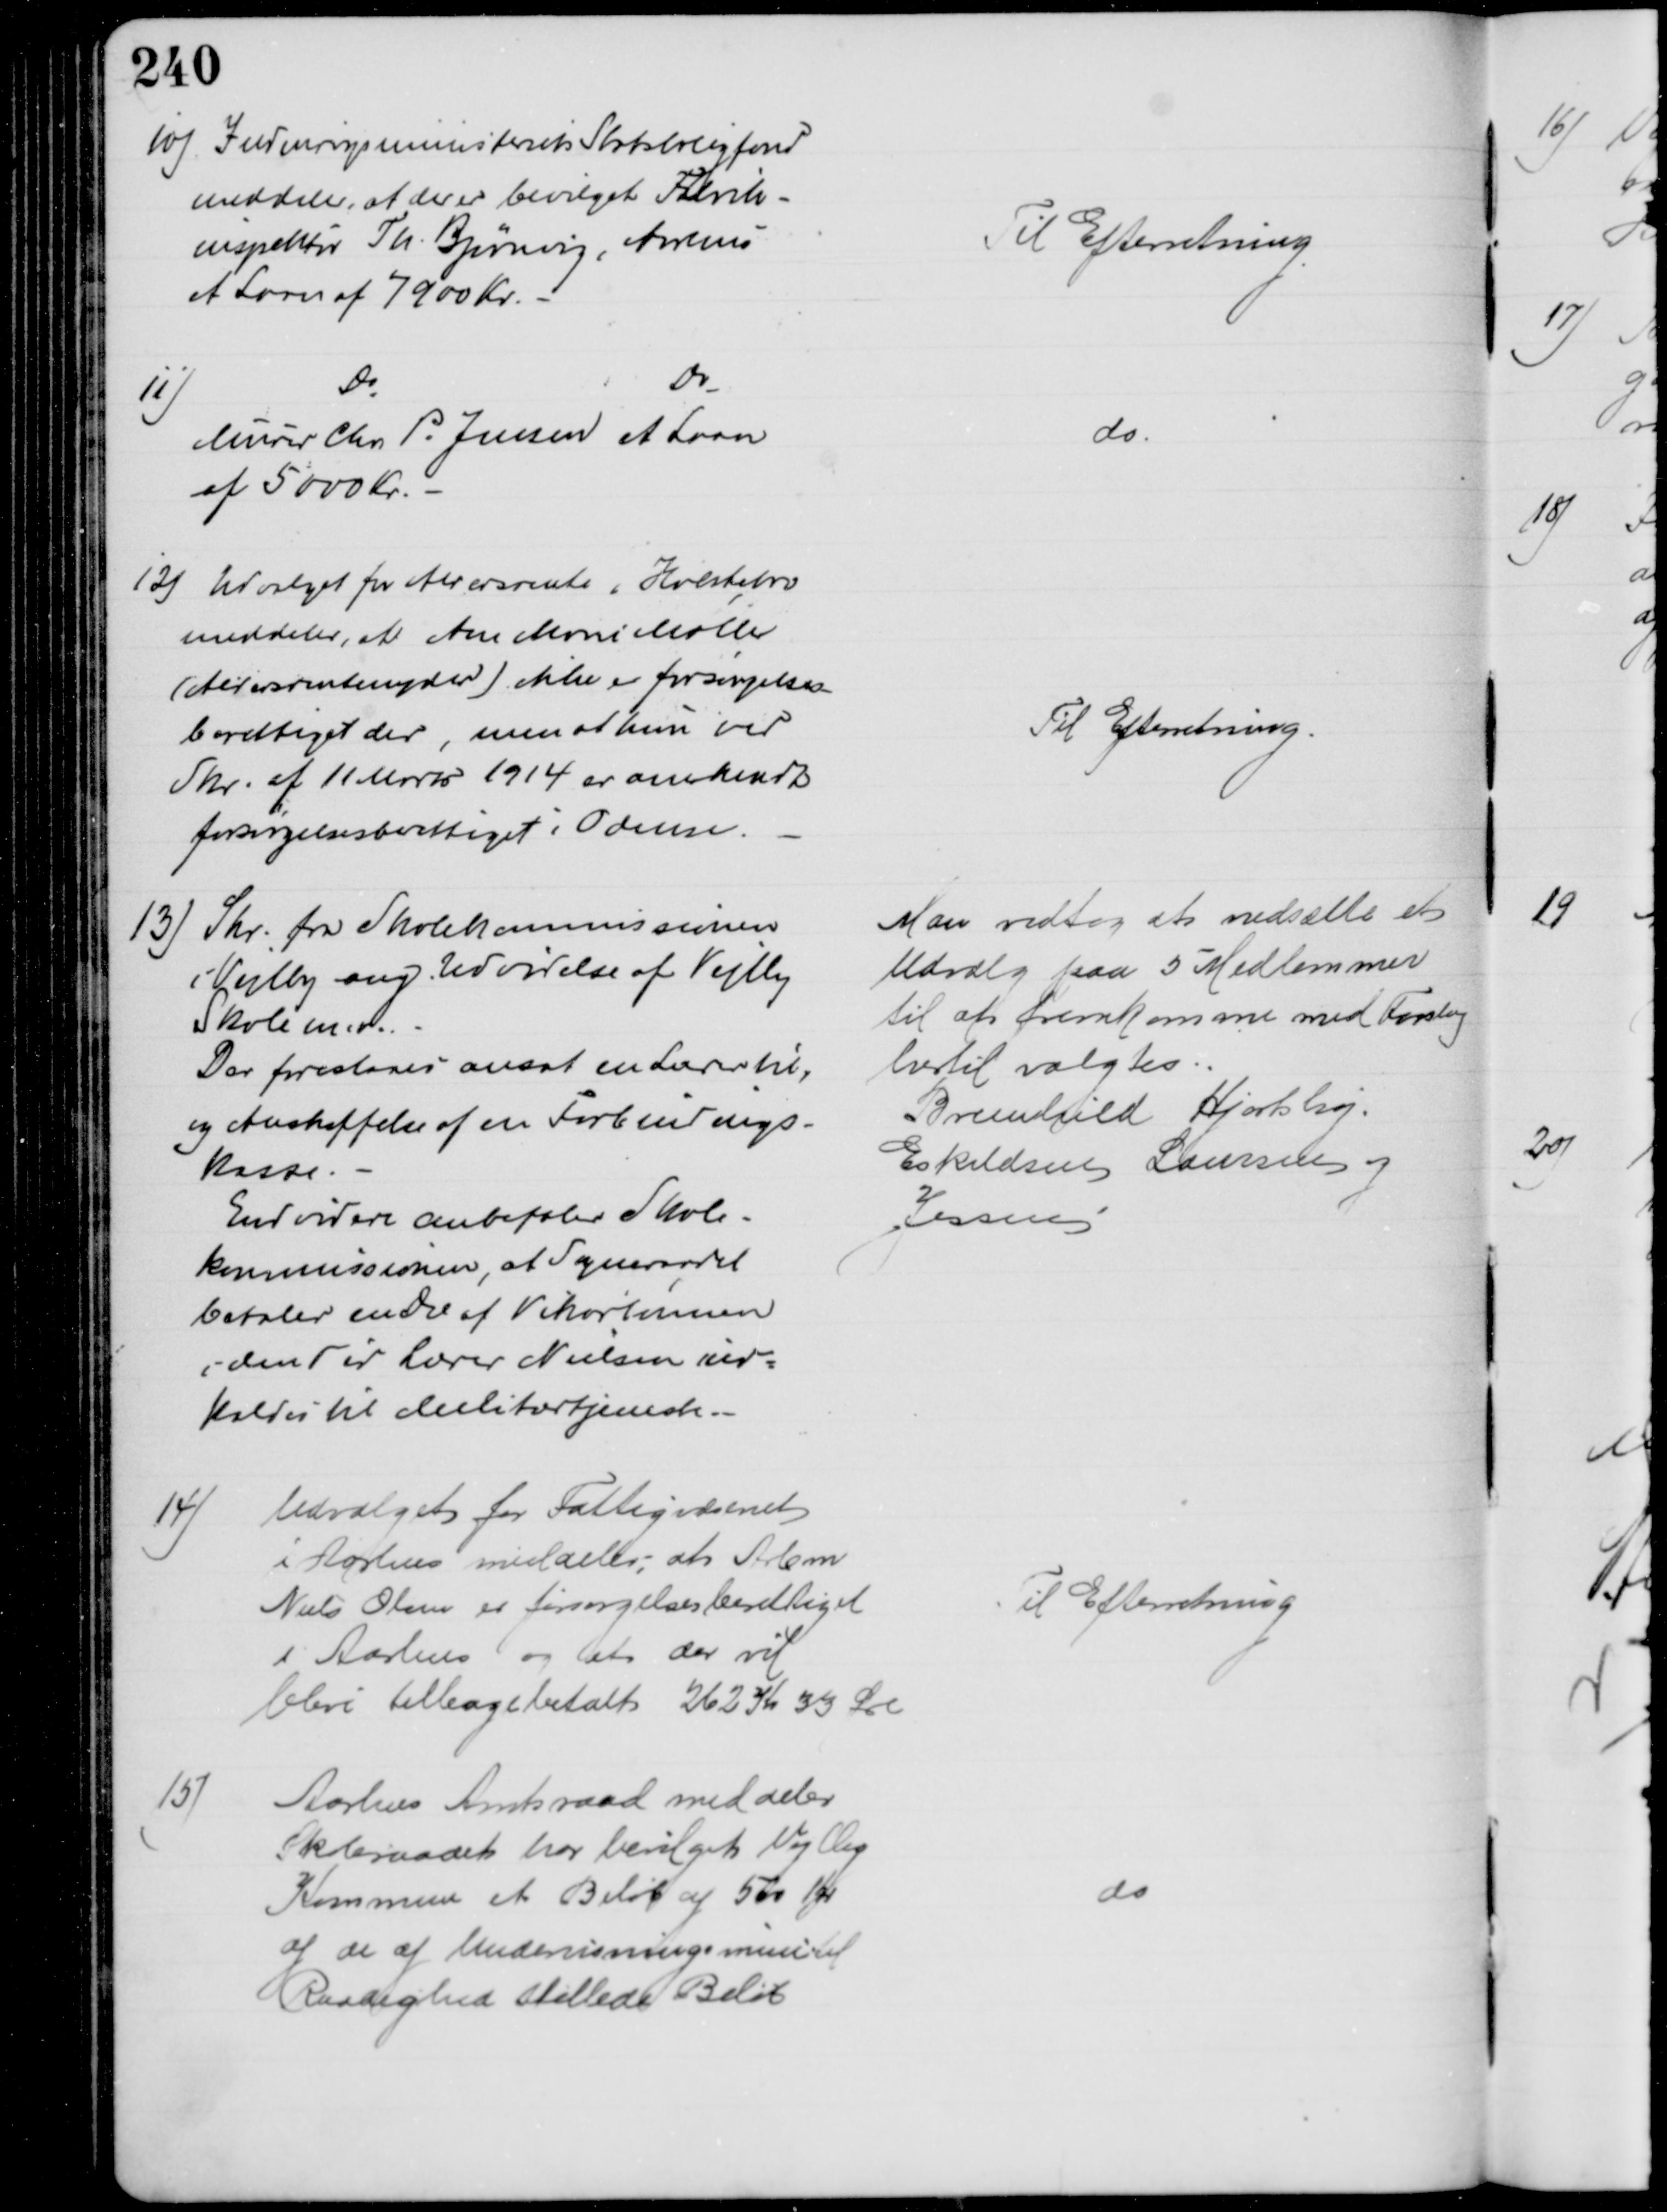
Transskription:
10) Indenrigsministeriets Statsboligfond
meddeler, at der er bevilget Fabrik-
inspektør Th. Bjørnvig, Aarhus
et Laan af 7900 Kr.
Til Efterretning
11)
Do
Do
Murer Chr. P. Jensen et Laan
af 5000 Kr.
do
12) Udvalget for Aldersrente i Holstebro
meddeler, at Ane Marie Møller
(Aldersrentenyder) ikke er forsørgelses
berettiget der, men at hun ved
Skr. af 11 Marts 1914 er anerkendt
forsørgelsesberettiget i Odense.
Til Efterretning.
13) Skr. fra Skolekommissionen
i Vejlby ang. Udvidelse af Vejlby
Skole m.v.
Der foreslaaes ansat en Lærer til,
og Anskaffelse af en Forbindings-
kasse.
Endvidere anbefaler Skole=
kommissionen, at Sogneraadet
betaler en Del af Vikarlønnen
i den Tid Lærer Nielsen ind=
kaldes til Militærtjeneste.
Man vedtog at nedsætte et 
Udvalg paa 5 Medlemmer
til at fremkomme med Forslag
hertil valgtes
Breinhild Hjortshøj.
Eskildsen Laursen og
Jessen
14)
Udvalget for Fattigvæsenet
i Aarhus meddeler, at Arbm
Niels Olsen er forsørgelsesberettiget
i Aarhus og at der vil 
blive tilbagebetalt 262 Kr 35 Øre
Til Efterretning
15)
Aarhus Amtsraad meddeler
Skoleraadet har bevilget Vejlby
Kommune et Beløb af 500 Kr
af de af Undervisningsmini til
Raadighed stillede Beløb
do